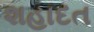
શહાદત